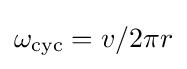
\omega _{\text{cyc}}=v/2\pi r